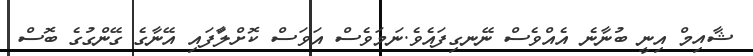
ޝާއިމް އިނީ ބުނާނެ އެއްވެސް ނޭނގިފައެވެ.ނަމަވެސް އަވަސް ކޮށްލާަފައި އޭނާގެ ގޭންގުގެ ބޮސް